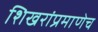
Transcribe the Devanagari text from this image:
शिखरांप्रमाणेच